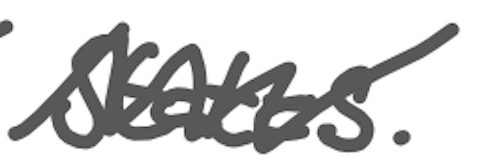
Text: States.
Cross-out: zig-zag
Writing tool: digital_gray